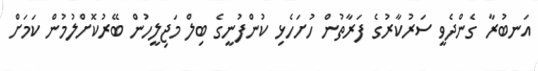
އަނބުރާ ގެންދެވީ ސަރުކާރުގެ ފަރާތުން ހުށަހެޅި ކުންފުނީގެ ބިލް މަޖިލީހުން ބޭރުކޮށްލުމުން ކަމަށް